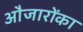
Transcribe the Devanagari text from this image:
औजारोंका